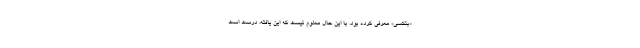
«بنکسی» معرفی کرده بود. با این حال معلوم نیست که این یافته، درست است